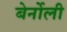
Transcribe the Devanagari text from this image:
बेर्नोली